Leaving Certificate Examination, 1911
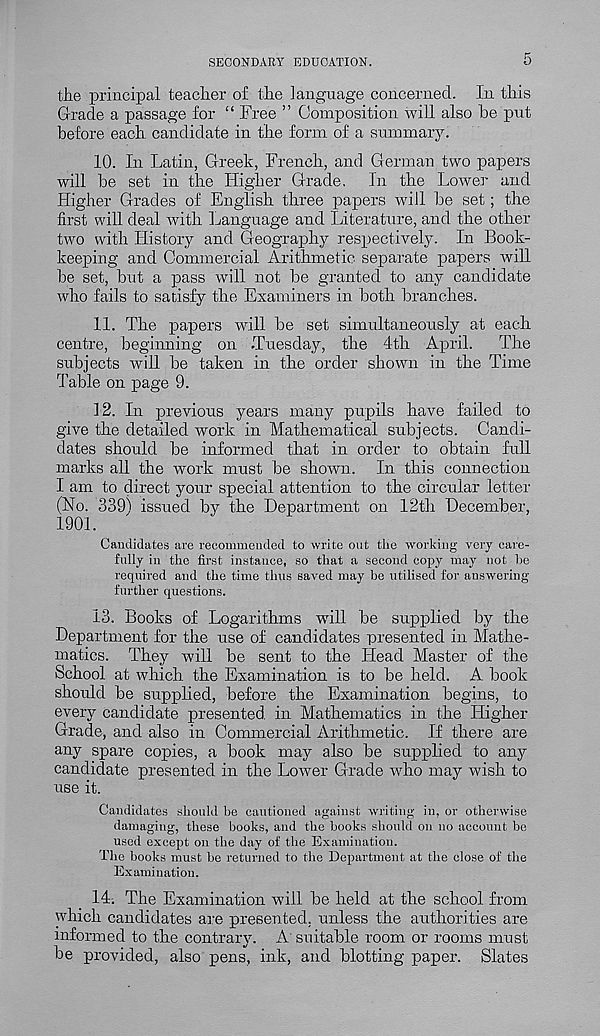
SECONDARY EDUCATION.
5
the principal teacher of the language concerned. In this
Grade a passage for “ Free ” Composition will also be put
before each, candidate in the form of a summary.
10. In Latin, Greek, French, and German two papers
will be set in the Higher Grade. In the Lower and
Higher Grades of English three papers will be set; the
first will deal with Language and Literature, and the other
two with History and Geography respectively. In Book-
keeping and Commercial Arithmetic separate papers will
be set, but a pass will not be granted to any candidate
who fails to satisfy the Examiners in both branches.
11. The papers will be set simultaneously at each
centre, beginning on .Tuesday, the 4th April. The
subjects will be taken in the order shown in the Time
Table on page 9.
12. In previous years many pupils have failed to
give the detailed work in Mathematical subjects. Candi-
dates should be informed that in order to obtain full
marks all the work must be shown. In this connection
I am to direct your special attention to the circular letter
(No. 339) issued by the Department on 12th December,
1901.
Candidates are recommended to write out the working very care-
fully in the first instance, so that a second copy may not be
required and the time thus saved may be utilised for answering
further questions.
13. Books of Logarithms wdll be supplied by the
Department for the use of candidates presented in Mathe-
matics. They will be sent to the Head Master of the
School at which the Examination is to be held. A book
should be supplied, before the Examination begins, to
every candidate presented in Mathematics in the Higher
Grade, and also in Commercial Arithmetic. If there are
any spare copies, a book may also be supplied to any
candidate presented in the Lower Grade who may wish to
use it.
Candidates should be cautioned against writing in, or otherwise
damaging, these books, and the books should on no account be
used except on the day of the Examination.
The books must be returned to the Department at the close of the
Examination.
14. The Examination will be held at the school from
which candidates are presented, unless the authorities are
informed to the contrary. A suitable room or rooms must
be provided, also pens, ink, and blotting paper. Slates